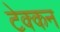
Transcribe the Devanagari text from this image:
टेक्कन